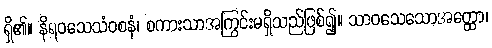
ရှိ၏။ နိရဝသေသံဝစနံ၊ စကားသာအကြွင်းမရှိသည်ဖြစ်၍။ သာဝသေသောအတ္ထော၊